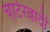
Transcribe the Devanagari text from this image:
चार्टरवादी